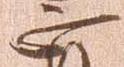
正